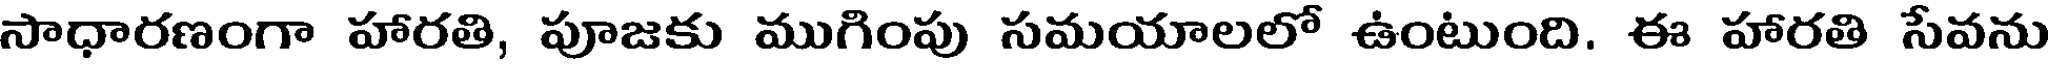
సాధారణంగా హారతి, పూజకు ముగింపు సమయాలలో ఉంటుంది. ఈ హారతి సేవను